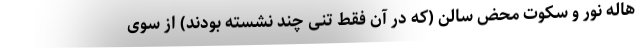
هاله نور و سکوت محض سالن (که در آن فقط تنی چند نشسته بودند) از سوی